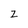
Character: z